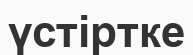
үстіртке